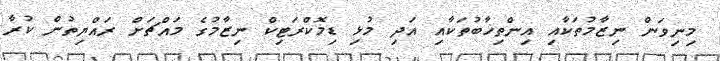
މިނިވަން ނިޒާމުތަކާއި އިންތިޚާބުތަކާއި އަދި މުޅި ޑިމޮކްރަޓިކް ނިޒާމުގެ މައްޗަށް ރައްޔިތުން ކުރާ